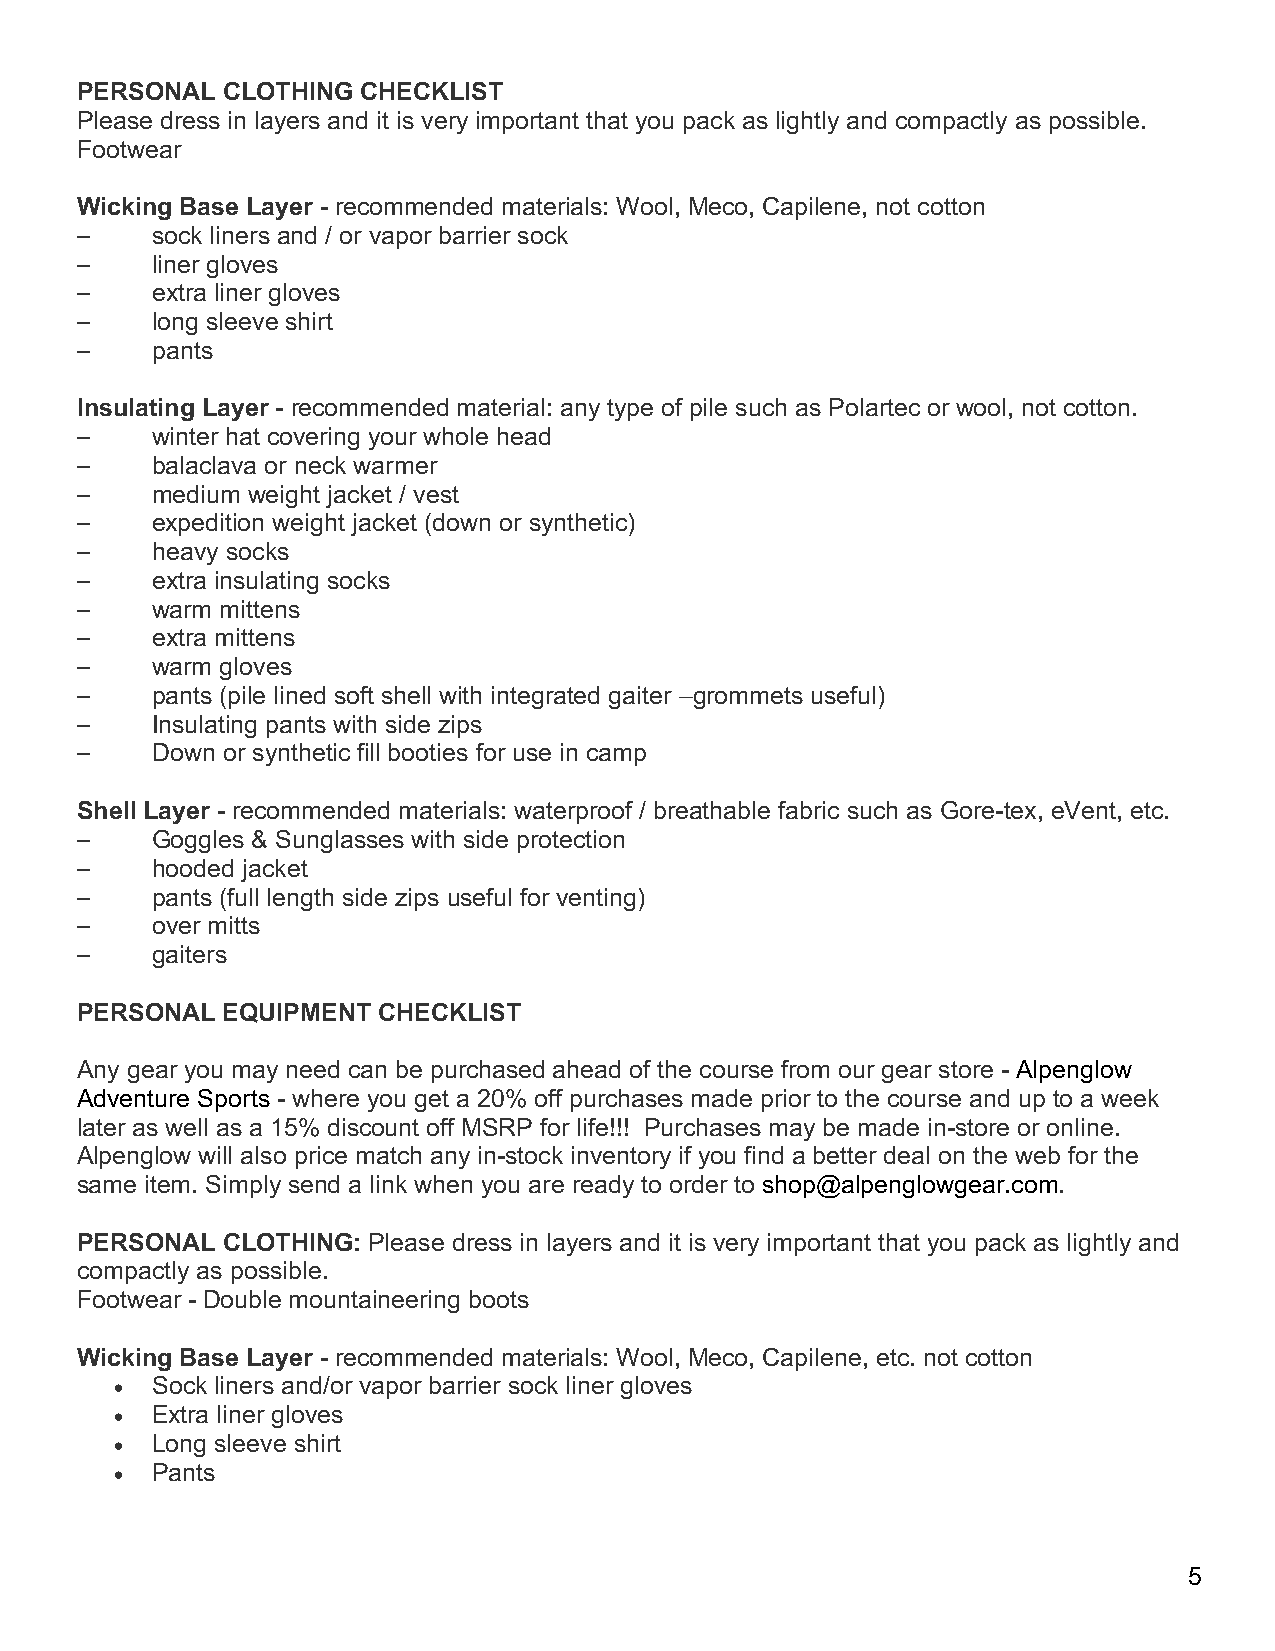
PERSONAL  CLOTHING CHECKLIST
 Please dress in layers and it is very important that you pack as lightly and compactly as possible.
 Footwear
 Wicking Base Layer - recommended materials: Wool, Meco, Capilene, not cotton
 ⎯    sock liners and / or vapor barrier sock
 ⎯    liner gloves
 ⎯    extra liner gloves
 ⎯    long sleeve shirt
 ⎯    pants
 Insulating Layer - recommended material: any type of pile such as Polartec or wool, not cotton.
 ⎯    winter hat covering your whole head
 ⎯    balaclava or neck warmer
 ⎯    medium weight jacket / vest
 ⎯    expedition weight jacket (down or synthetic)
 ⎯    heavy socks
 ⎯    extra insulating socks
 ⎯    warm mittens
 ⎯    extra mittens
 ⎯    warm gloves
 ⎯    pants (pile lined soft shell with integrated gaiter –grommets useful)
 ⎯    Insulating pants with side zips
 ⎯    Down or synthetic fill booties for use in camp
 Shell Layer - recommended materials: waterproof / breathable fabric such as Gore-tex, eVent, etc.
 ⎯    Goggles & Sunglasses with side protection
 ⎯    hooded jacket
 ⎯    pants (full length side zips useful for venting)
 ⎯    over mitts
 ⎯    gaiters
 PERSONAL  EQUIPMENT CHECKLIST
 Any gear you may need can be purchased ahead of the course from our gear store - Alpenglow
 Adventure Sports - where you get a 20% off purchases made prior to the course and up to a week
 later as well as a 15% discount off MSRP for life!!! Purchases may be made in-store or online.
 Alpenglow will also price match any in-stock inventory if you find a better deal on the web for the
 same item. Simply send a link when you are ready to order to shop@alpenglowgear.com.
 PERSONAL  CLOTHING: Please dress in layers and it is very important that you pack as lightly and
 compactly as possible.
 Footwear - Double mountaineering boots
 Wicking Base Layer - recommended materials: Wool, Meco, Capilene, etc. not cotton
 • Sock liners and/or vapor barrier sock liner gloves
 • Extra liner gloves
 • Long sleeve shirt
 • Pants
 5